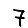
Digit: 7